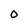
Character: O